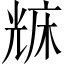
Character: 𠒥